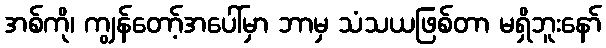
အစ်ကို၊ ကျွန်တော့်အပေါ်မှာ ဘာမှ သံသယဖြစ်တာ မရှိဘူးနော်